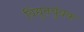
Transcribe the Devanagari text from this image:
विद्युतचुंबक